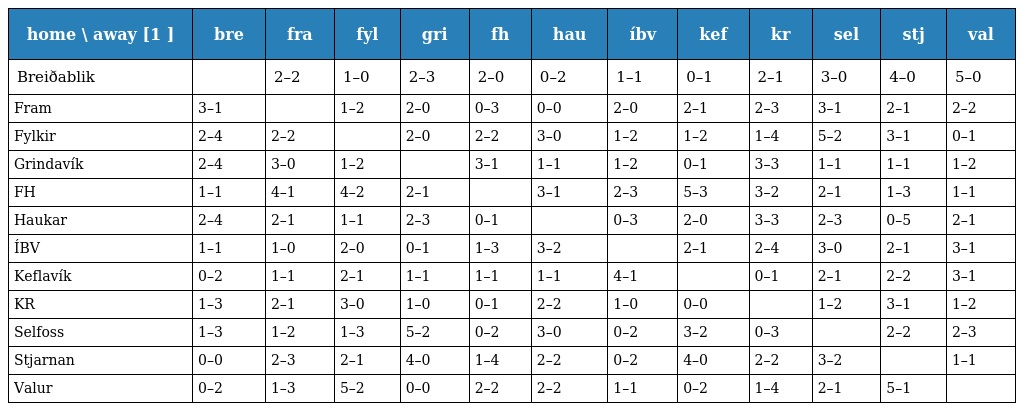
| home \ away [1 ] | bre | fra | fyl | gri | fh | hau | íbv | kef | kr | sel | stj | val |
 | --- | --- | --- | --- | --- | --- | --- | --- | --- | --- | --- | --- | --- |
 | Breiðablik |  | 2–2 | 1–0 | 2–3 | 2–0 | 0–2 | 1–1 | 0–1 | 2–1 | 3–0 | 4–0 | 5–0 |
 | Fram | 3–1 |  | 1–2 | 2–0 | 0–3 | 0–0 | 2–0 | 2–1 | 2–3 | 3–1 | 2–1 | 2–2 |
 | Fylkir | 2–4 | 2–2 |  | 2–0 | 2–2 | 3–0 | 1–2 | 1–2 | 1–4 | 5–2 | 3–1 | 0–1 |
 | Grindavík | 2–4 | 3–0 | 1–2 |  | 3–1 | 1–1 | 1–2 | 0–1 | 3–3 | 1–1 | 1–1 | 1–2 |
 | FH | 1–1 | 4–1 | 4–2 | 2–1 |  | 3–1 | 2–3 | 5–3 | 3–2 | 2–1 | 1–3 | 1–1 |
 | Haukar | 2–4 | 2–1 | 1–1 | 2–3 | 0–1 |  | 0–3 | 2–0 | 3–3 | 2–3 | 0–5 | 2–1 |
 | ÍBV | 1–1 | 1–0 | 2–0 | 0–1 | 1–3 | 3–2 |  | 2–1 | 2–4 | 3–0 | 2–1 | 3–1 |
 | Keflavík | 0–2 | 1–1 | 2–1 | 1–1 | 1–1 | 1–1 | 4–1 |  | 0–1 | 2–1 | 2–2 | 3–1 |
 | KR | 1–3 | 2–1 | 3–0 | 1–0 | 0–1 | 2–2 | 1–0 | 0–0 |  | 1–2 | 3–1 | 1–2 |
 | Selfoss | 1–3 | 1–2 | 1–3 | 5–2 | 0–2 | 3–0 | 0–2 | 3–2 | 0–3 |  | 2–2 | 2–3 |
 | Stjarnan | 0–0 | 2–3 | 2–1 | 4–0 | 1–4 | 2–2 | 0–2 | 4–0 | 2–2 | 3–2 |  | 1–1 |
 | Valur | 0–2 | 1–3 | 5–2 | 0–0 | 2–2 | 2–2 | 1–1 | 0–2 | 1–4 | 2–1 | 5–1 |  |